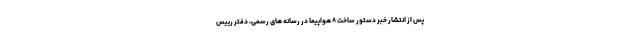
پس از انتشار خبر دستور ساخت ۸ هواپیما در رسانه های رسمی، دفتر رییس